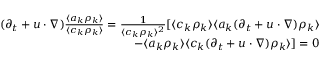
\begin{array} { r } { ( \partial _ { t } + \* u \cdot \nabla ) \frac { \langle a _ { k } \rho _ { k } \rangle } { \langle c _ { k } \rho _ { k } \rangle } = \frac { 1 } { \langle c _ { k } \rho _ { k } \rangle ^ { 2 } } [ \langle c _ { k } \rho _ { k } \rangle \langle a _ { k } ( \partial _ { t } + \* u \cdot \nabla ) \rho _ { k } \rangle } \\ { - \langle a _ { k } \rho _ { k } \rangle \langle c _ { k } ( \partial _ { t } + \* u \cdot \nabla ) \rho _ { k } \rangle ] = 0 } \end{array}